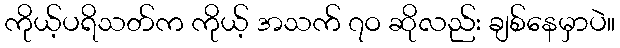
ကိုယ့်ပရိသတ်က ကိုယ့် အသက် ၇ဝ ဆိုလည်း ချစ်နေမှာပဲ။